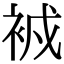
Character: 𧙠